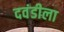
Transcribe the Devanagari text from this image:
दवंडीला